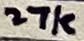
Text: 27k